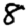
Digit: 8